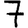
Digit: 7